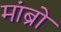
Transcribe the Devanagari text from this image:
मांब्रो